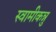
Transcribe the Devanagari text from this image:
स्वामीकन्नु